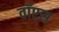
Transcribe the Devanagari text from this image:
वॉएस